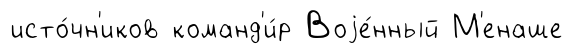
исто́чн'иков команд'и́р Воjе́нный М'енаше